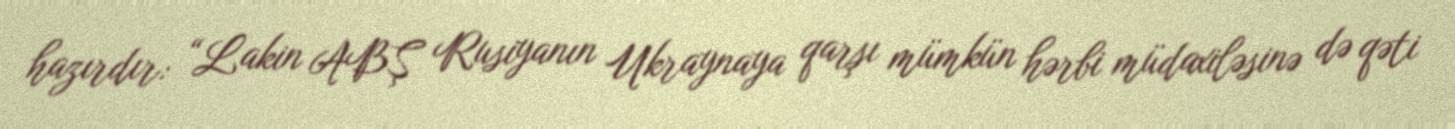
hazırdır: “Lakin ABŞ Rusiyanın Ukraynaya qarşı mümkün hərbi müdaxiləsinə də qəti